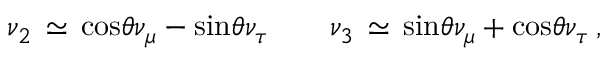
\nu _ { 2 } \, \simeq \, \mathrm { c o s } \theta \nu _ { \mu } - \mathrm { s i n } \theta \nu _ { \tau } \qquad \nu _ { 3 } \, \simeq \, \mathrm { s i n } \theta \nu _ { \mu } + \mathrm { c o s } \theta \nu _ { \tau } \, ,